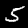
Label: 5